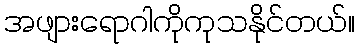
အဖျားရောဂါကိုကုသနိုင်တယ်။